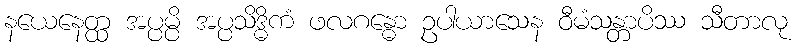
နယေနေတ္ထ အပ္ပမ္ပိ အပ္ပသိဒ္ဓိကံ ဖလဂန္ဓော ဥပါယာသေန ဝီမံသန္တာပိဿ သီတာလု